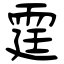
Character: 霆